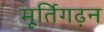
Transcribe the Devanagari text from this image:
मूर्तिगढ़न